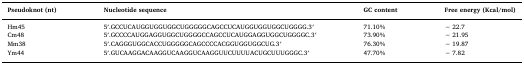
| Pseudoknot (nt) | Nucleotide sequence | GC content | Free energy (Kcal/mol) |
 | --- | --- | --- | --- |
 | Hm45 | 5′.GCCUCAUGGUGGUGGCUGGGGGCAGCCUCAUGGUGGUGGCUGGGG.3′ | 71.10% | − 22.7 |
 | Cm48 | 5′.GCCCCAUGGAGGUGGCUGGGGCCAGCCUCAUGGAGGUGGCUGGGGC.3′ | 73.90% | − 21.95 |
 | Mm38 | 5′.CAGGGUGGCACCUGGGGGCAGCCCCACGGUGGUGGCUG.3′ | 76.30% | − 19.87 |
 | Ym44 | 5′.GUCAAGGACAAGGUCAAGGUCAAGGUUCUUUUACUGCUUUGGGC.3′ | 47.70% | − 7.82 |